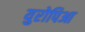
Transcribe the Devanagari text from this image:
युरोपिआ